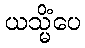
ယသ္မိံပေ